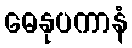
ဓေနုပကာနံ